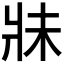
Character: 𱭏